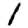
Digit: 1